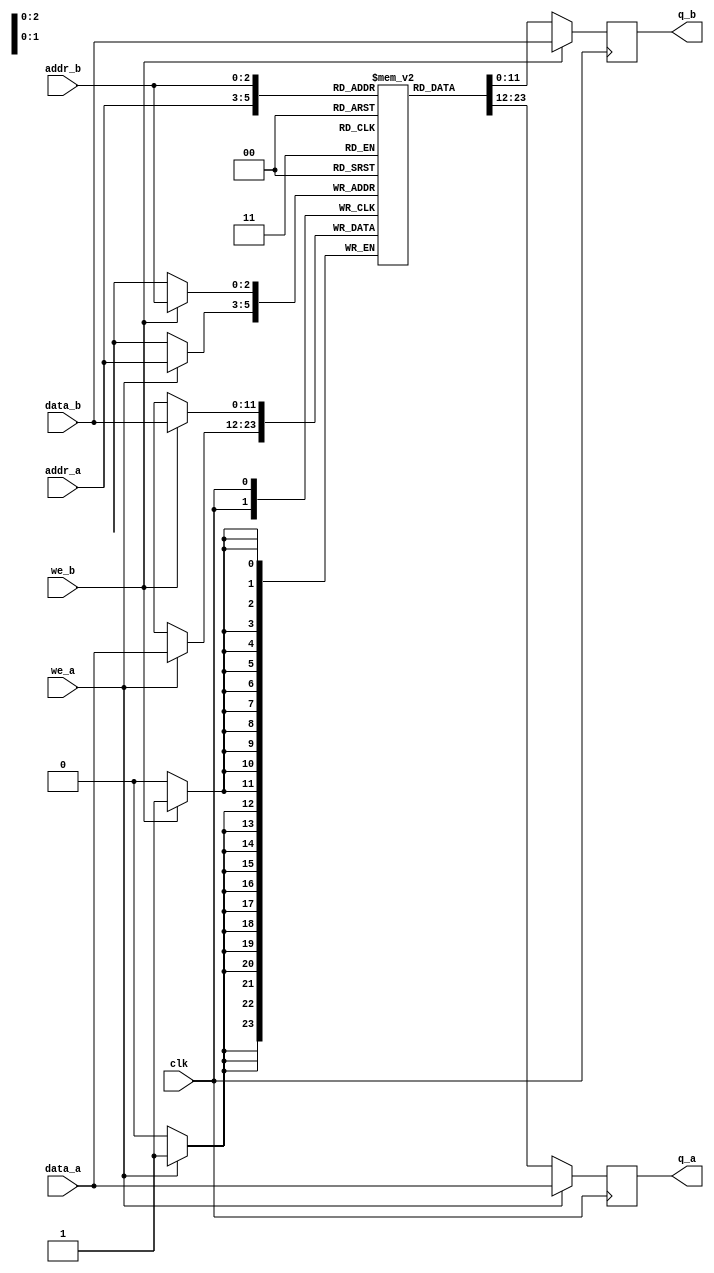
/* Verilog True Dual Port RAM with a Single Clock Design Example v1.0
 Copyright (c) 2010 Altera Corporation. All rights reserved.
 */
module true_dpram_sclk
(
	input [11:0] data_a, data_b,
	input [2:0] addr_a, addr_b,
	input we_a, we_b, clk,
	output reg [11:0] q_a, q_b
);
	// Declare the RAM variable
	reg [11:0] ram[7:0];
	
	// Port A
	always @ (posedge clk)
		begin
			if (we_a) 
				begin
					ram[addr_a] <= data_a;
					q_a <= data_a;
				end
			else 
				begin
					q_a <= ram[addr_a];
				end
		end
	
	// Port B
	always @ (posedge clk)
		begin
			if (we_b)
				begin
					ram[addr_b] <= data_b;
					q_b <= data_b;
				end
			else
				begin
					q_b <= ram[addr_b];
				end
		end
	
endmodule